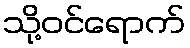
သို့ဝင်ရောက်